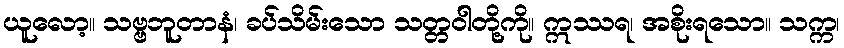
ယူလော့။ သဗ္ဗဘူတာနံ၊ ခပ်သိမ်းသော သတ္တဝါတို့ကို။ ဣဿရ၊ အစိုးရသော။ သက္က၊